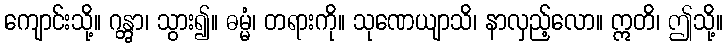
ကျောင်းသို့။ ဂန္တွာ၊ သွား၍။ ဓမ္မံ၊ တရားကို။ သုဏေယျာသိ၊ နာလှည့်လော။ ဣတိ၊ ဤသို့။